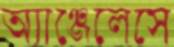
অ্যাঞ্জেলেসে